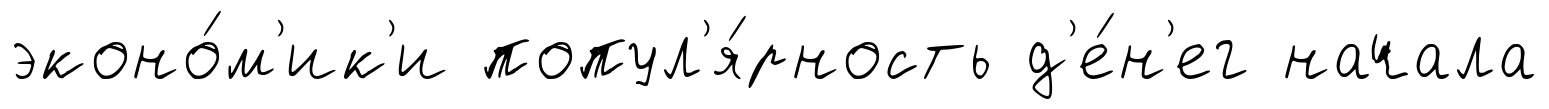
эконо́м'ик'и попул'я́рность д'е́н'ег начала